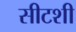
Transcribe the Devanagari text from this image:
सीटशी